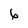
Character: 6